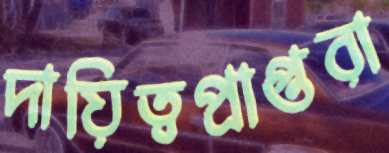
দায়িত্বপ্রাপ্তরা